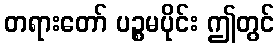
တရားတော် ပဉ္စမပိုင်း ဤတွင်